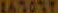
167077